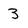
Character: 3